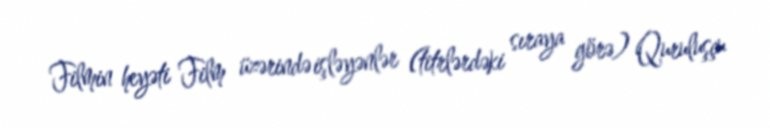
Filmin heyəti Film üzərində işləyənlər (titrlərdəki sıraya görə) Quruluşçu